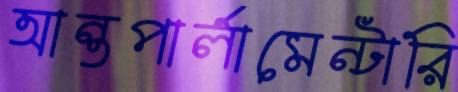
আন্তপার্লামেন্টারি